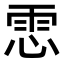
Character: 𩂈